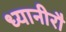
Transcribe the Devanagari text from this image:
ध्यानीरौ